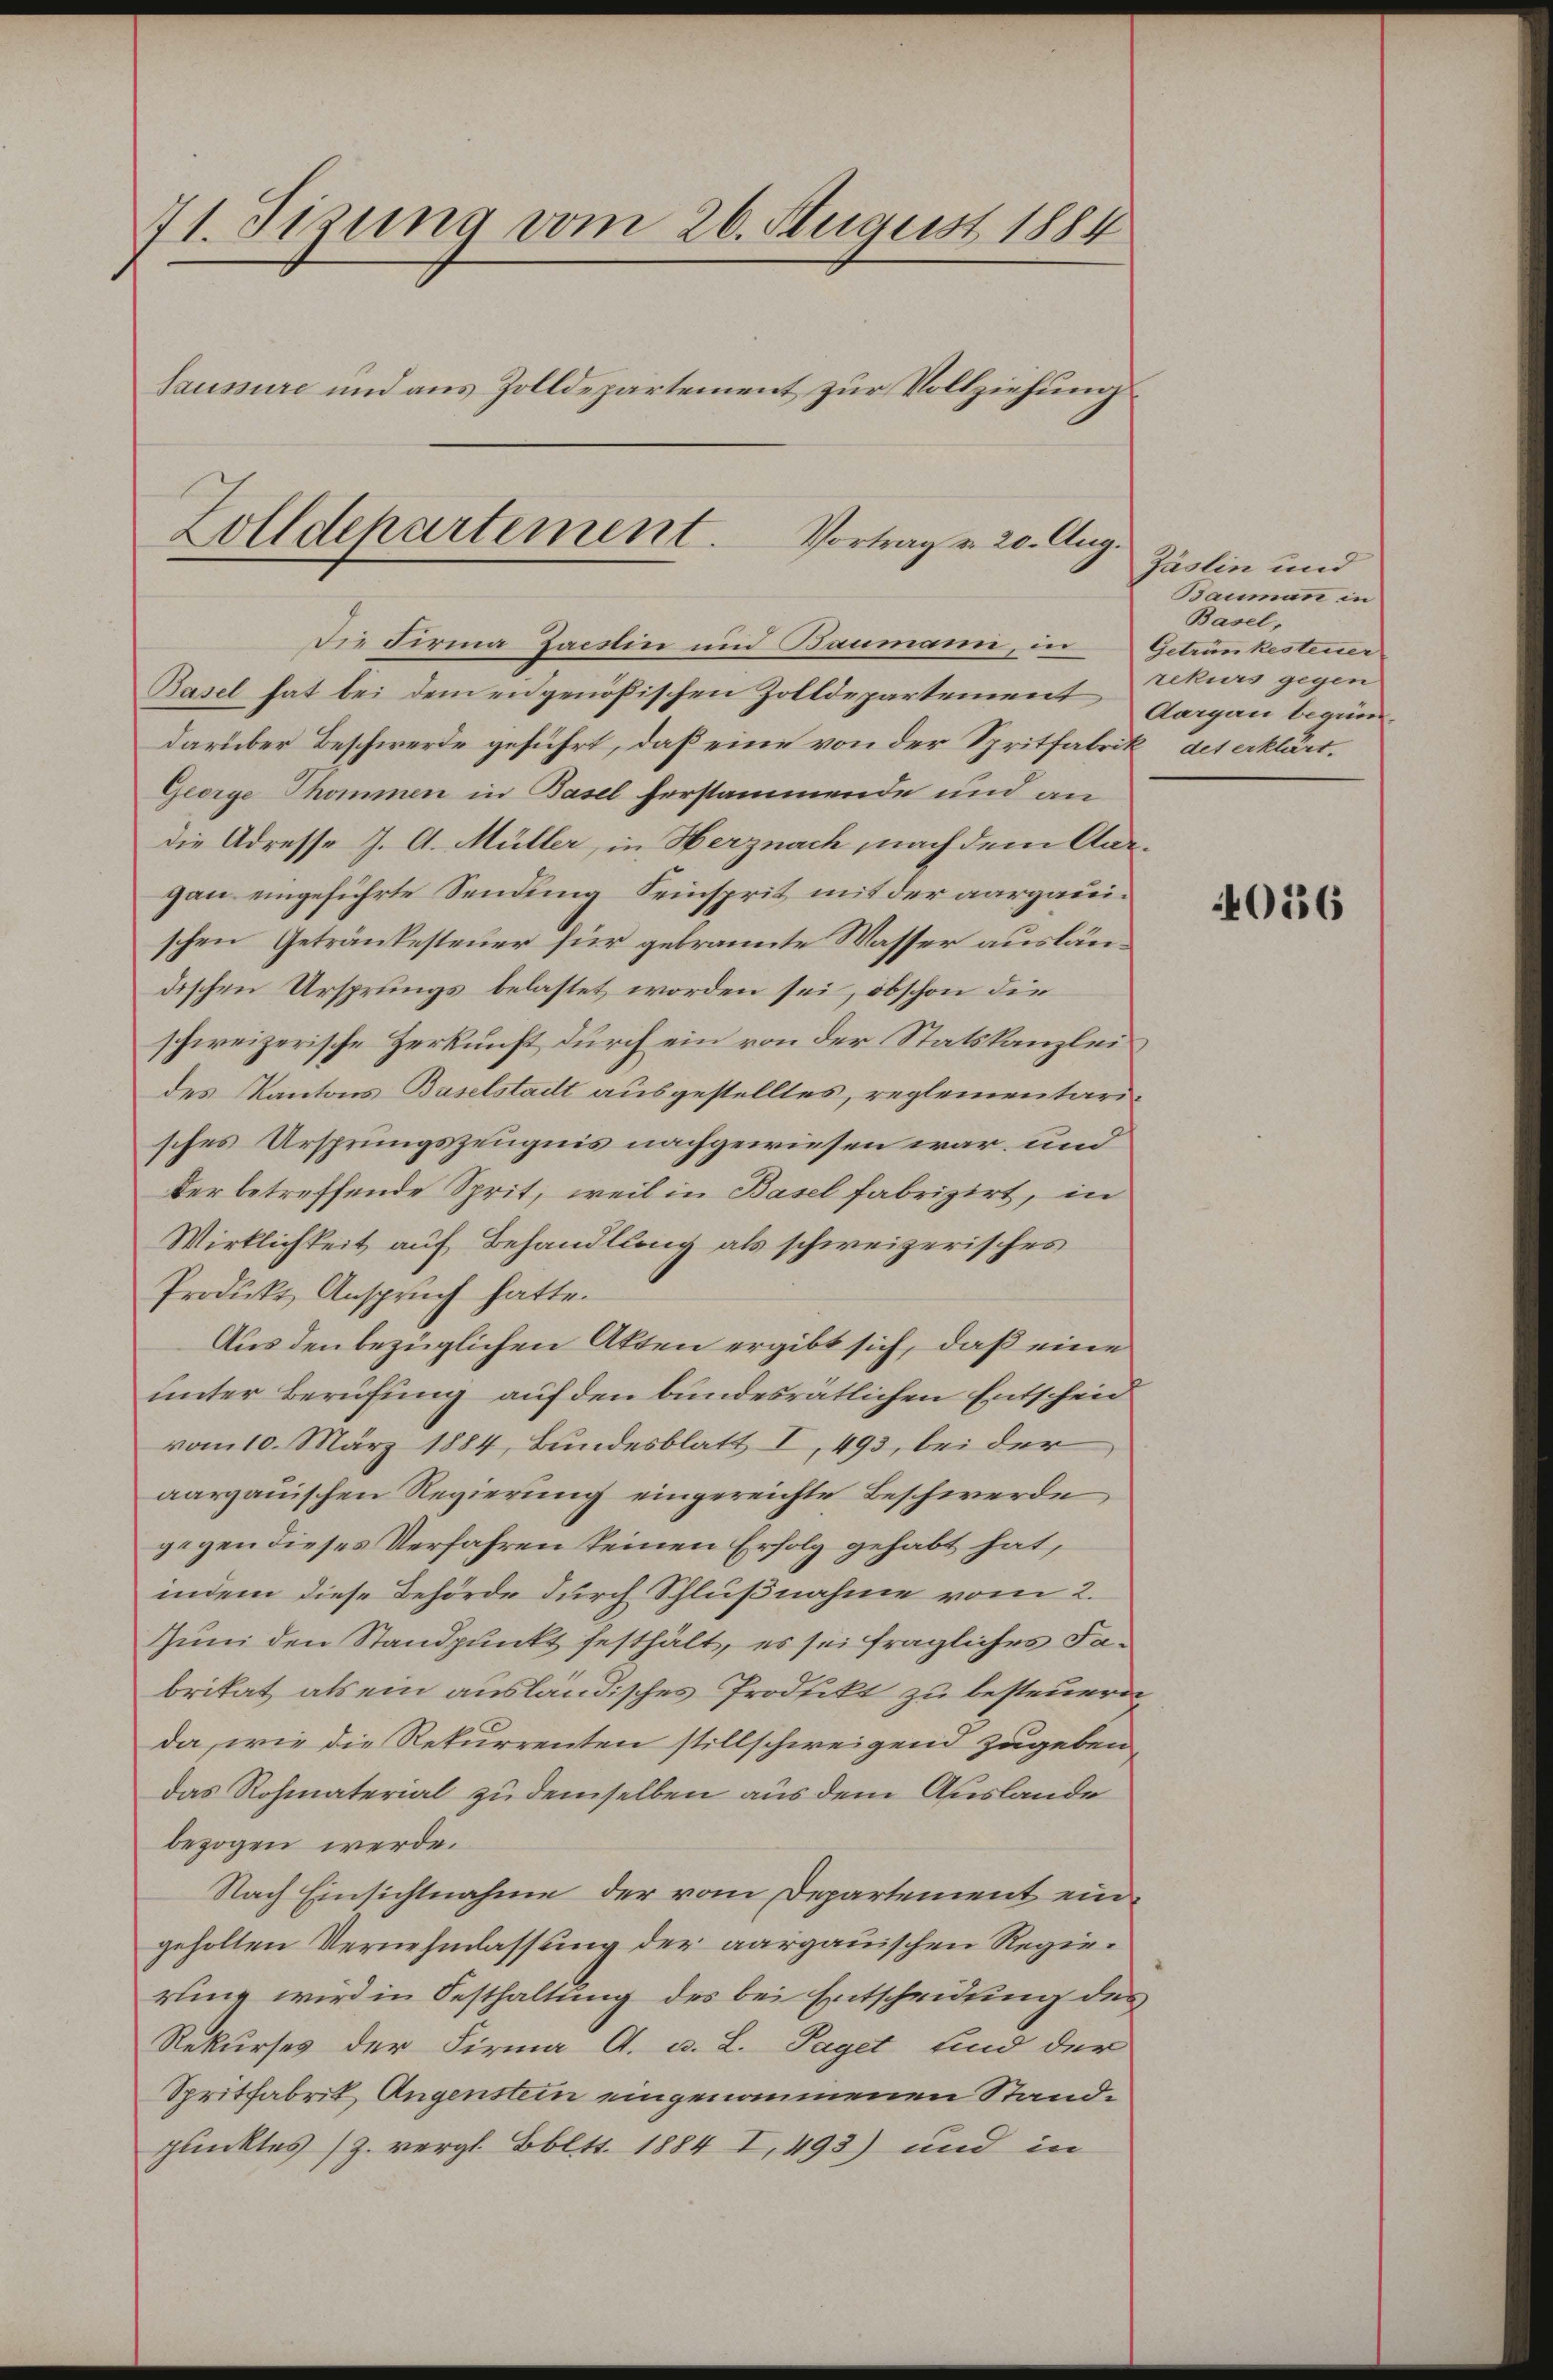
71. Sizung vom 26. August 1884
Saussure und aus Zolldepartement zur Vollziehung

Zolldepartement.
Vortrag v. 20. Aug.

Die Firma Jacslin und Baumann, in Getrunkesteuer
Basel hat bei dem engenößischen Zolldepartement
darüber Beschwerde geführt, daß eine von der Spritfabrik des erklärt.
George Thommen in Basel herstammende und an
die Adresse J. A. Müller, in Herznach nach dem Aargau eingeführte Sendung Seinsprit mit der aargauischen Getränkesteuer für gebrannte Wasser ausländischen Ursprungs belastet worden sei, obschon die
schweizerische Herkunft durch ein von der Statskanzlei
des Kantons Baselstadt ausgestelltes, reglementarisches Ursprungszeugnis nachgewiesen war und
der betreffende Sprit, weil in Basel fabrizirt, in
Wirklichkeit auf Behandlung als schweizerisches
Produkt Anspruch hatte.
Aus den bezüglichen Akten ergibt sich, daß eine
unter Berufung auf den bundesrätlichen Entscheid
vom 10. März 1884, Bundesblatt I 493, bei der
aargauischen Regierung eingereichte Beschwerde
gegen dieses Verfahren keinen Erfolg gehabt hat,
indem diese Behörde durch Schlußnahme vom 2.
Juni den Standpunkt festhält, es sei fragliches Fabritat als ein ausländisches Prodeckt zu besteuern
da, wie die Rekurrenten stillschweigend zugeben,
das Rohmaterial zu demselben aus dem Auslande
bezogen werde.
Nach Einsichtnahme der vom Departement eingeholten Vernehmlassung der aargauischen Regierung wird in Festhaltung des bei Entscheidung des
Rekurses der Firma A. u. L. Taget sind der
Spritfabrik Augenstein eingenommenen Standpunktes (Z. vergl. Bbltt. 1884 I,493) und in

Zäslin und
Baumann in
Basel,
rekurs gegen
Aargau beginn.

0556